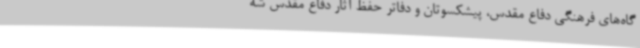
گاه‌های فرهنگی دفاع مقدس، پیشکسوتان و دفاتر حفظ آثار دفاع مقدس شه